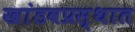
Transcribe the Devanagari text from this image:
खांडवप्रस्थात